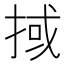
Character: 掝